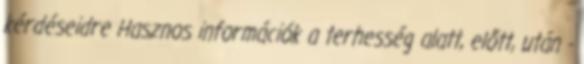
kérdéseidre Hasznos információk a terhesség alatt, előtt, után -